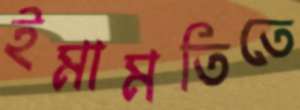
ইমামতিতে